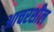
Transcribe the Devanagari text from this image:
आचरशील